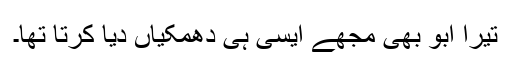
تیرا ابو بھی مجھے ایسی ہی دھمکیاں دیا کرتا تھا۔